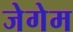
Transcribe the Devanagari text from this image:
जेगेम